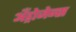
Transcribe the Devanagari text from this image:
अँड्रोजेन्स